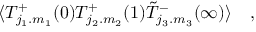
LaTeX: \langle { \cal T } _ { j _ { 1 } . m _ { 1 } } ^ { + } ( 0 ) { \cal T } _ { j _ { 2 } . m _ { 2 } } ^ { + } ( 1 ) \tilde { \cal T } _ { j _ { 3 } . m _ { 3 } } ^ { - } ( \infty ) \rangle \quad ,